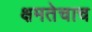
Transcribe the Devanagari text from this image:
क्षमतेचाच